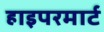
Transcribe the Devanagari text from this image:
हाइपरमार्ट